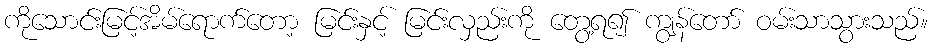
ကိုသောင်းမြင့်အိမ်ရောက်တော့ မြင်းနှင့် မြင်းလှည်းကို တွေ့ရ၍ ကျွန်တော် ဝမ်းသာသွားသည်။